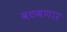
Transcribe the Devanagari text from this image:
वठवणार